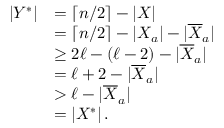
\begin{array} { r l } { | Y ^ { * } | } & { = \lceil n / 2 \rceil - | X | } \\ & { = \lceil n / 2 \rceil - | X _ { a } | - | \overline { { X } } _ { a } | } \\ & { \geq 2 \ell - ( \ell - 2 ) - | \overline { { X } } _ { a } | } \\ & { = \ell + 2 - | \overline { { X } } _ { a } | } \\ & { > \ell - | \overline { { X } } _ { a } | } \\ & { = | X ^ { * } | \, . } \end{array}